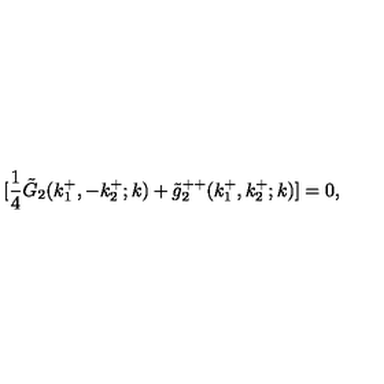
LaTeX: [ { \frac { 1 } { 4 } } \tilde { G } _ { 2 } ( k _ { 1 } ^ { + } , - k _ { 2 } ^ { + } ; k ) + \tilde { g } _ { 2 } ^ { + + } ( k _ { 1 } ^ { + } , k _ { 2 } ^ { + } ; k ) ] = 0 ,